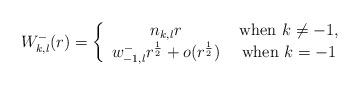
LaTeX: \begin{align*}W^-_{k,l}(r)=\left\{\begin{array}{cc}n_{k,l}r&\mbox{ when }k\neq -1,\\w^-_{-1,l}r^{\frac{1}{2}}+o(r^{\frac{1}{2}})&\mbox{ when }k=-1\end{array}\right.\end{align*}